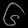
Digit: ၆